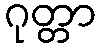
ဂုတ္တာ